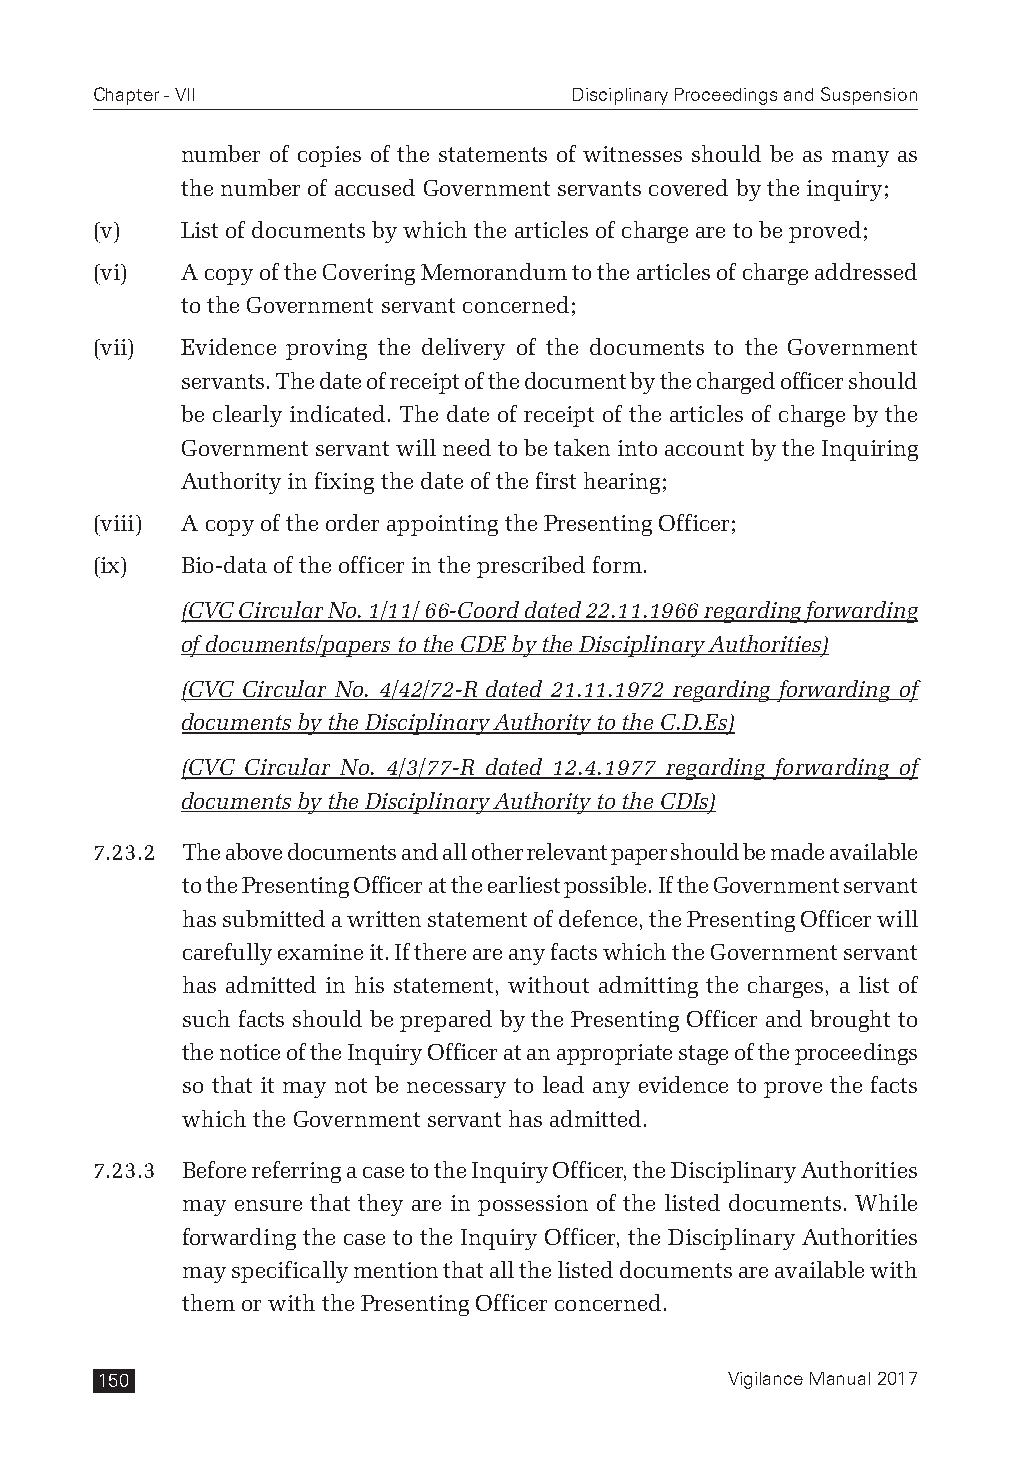
Chapter - VII                   Disciplinary Proceedings and Suspension
 number of copies of the statements of witnesses should be as many as
 the number of accused Government servants covered by the inquiry;
 (v)   List of documents by which the articles of charge are to be proved;
 (vi)  A copy of the Covering Memorandum to the articles of charge addressed
 to the Government servant concerned;
 (vii) Evidence proving the delivery of the documents to the Government
 servants. The date of receipt of the document by the charged officer should
 be clearly indicated. The date of receipt of the articles of charge by the
 Government servant will need to be taken into account by the Inquiring
 Authority in fixing the date of the first hearing;
 (viii) A copy of the order appointing the Presenting Officer;
 (ix)  Bio-data of the officer in the prescribed form.
 (CVC Circular No. 1/11/ 66-Coord dated 22.11.1966 regarding forwarding
 of documents/papers to the CDE by the Disciplinary Authorities)
 (CVC Circular No. 4/42/72-R dated 21.11.1972 regarding forwarding of
 documents by the Disciplinary Authority to the C.D.Es)
 (CVC Circular No. 4/3/77-R dated 12.4.1977 regarding forwarding of
 documents by the Disciplinary Authority to the CDIs)
 7.23.2 The above documents and all other relevant paper should be made available
 to the Presenting Officer at the earliest possible. If the Government servant
 has submitted a written statement of defence, the Presenting Officer will
 carefully examine it. If there are any facts which the Government servant
 has admitted in his statement, without admitting the charges, a list of
 such facts should be prepared by the Presenting Officer and brought to
 the notice of the Inquiry Officer at an appropriate stage of the proceedings
 so that it may not be necessary to lead any evidence to prove the facts
 which the Government servant has admitted.
 7.23.3 Before referring a case to the Inquiry Officer, the Disciplinary Authorities
 may ensure that they are in possession of the listed documents. While
 forwarding the case to the Inquiry Officer, the Disciplinary Authorities
 may specifically mention that all the listed documents are available with
 them or with the Presenting Officer concerned.
 150                                       Vigilance Manual 2017